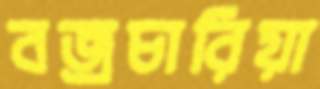
বজ্রচারিয়া